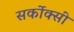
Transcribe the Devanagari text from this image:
सर्कोक्सी